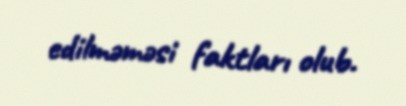
edilməməsi faktları olub.